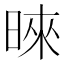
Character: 𪰪